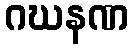
ဂဃနဏ